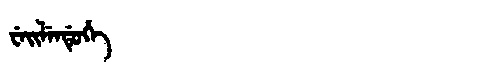
Manchu: ᠸᡝᡳᠯᡝᠨᡩᡠᡥᡝ
Romanization: WEILENDUHE